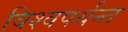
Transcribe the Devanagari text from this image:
विश्वपर्यन्त